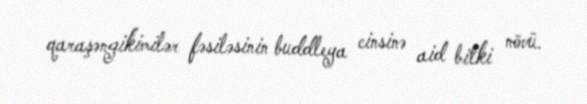
qaraşəngikimilər fəsiləsinin buddleya cinsinə aid bitki növü.